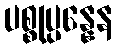
ပစ္စုပ္ပန္နေန